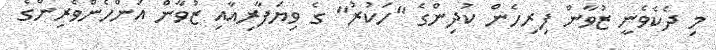
މި ދެކެވެނީ ޒުވާން ފިރިހެން ކުދިންގެ "ހަކުރު" ގެ ވިޔަފާރިއާއި ޒުވާން އަންހެންވެރިންގެ